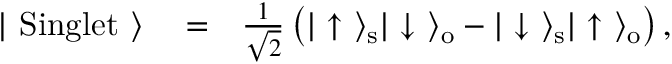
\begin{array} { r l r } { | \ \mathrm { S i n g l e t } \ \rangle } & { { } = } & { \frac { 1 } { \sqrt { 2 } } \left( | \uparrow \ \rangle _ { \mathrm { s } } | \downarrow \ \rangle _ { \mathrm { o } } - | \downarrow \ \rangle _ { \mathrm { s } } | \uparrow \ \rangle _ { \mathrm { o } } \right) , } \end{array}